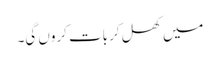
میں کھل کر بات کروں گی۔